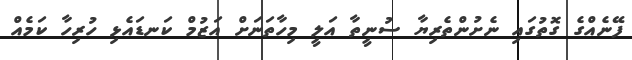
ފޭނެއްގެ ގޮތުގައި ނެށުންތެރިޔާ ސުނީތާ އަލީ މިހާތަނަށް އަޒުމް ކަނޑައެޅި ހުރިހާ ކަމެއް